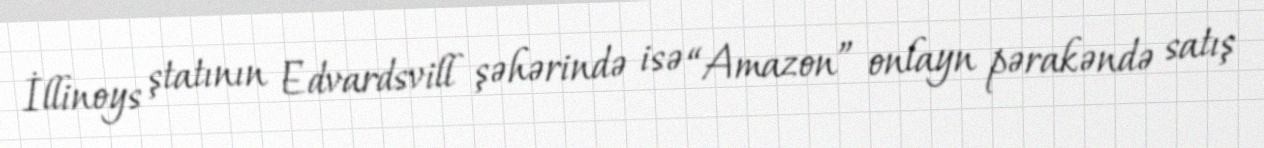
İllinoys ştatının Edvardsvill şəhərində isə “Amazon” onlayn pərakəndə satış